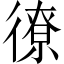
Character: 𫹣